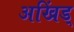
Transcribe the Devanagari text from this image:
अखिंड्